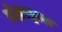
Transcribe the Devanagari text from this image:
लेझरद्वारा